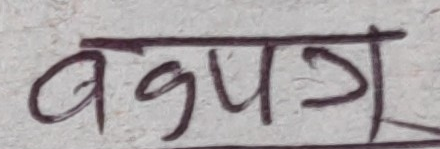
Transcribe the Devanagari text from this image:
बगुवा